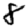
Digit: 8